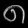
Digit: ၈